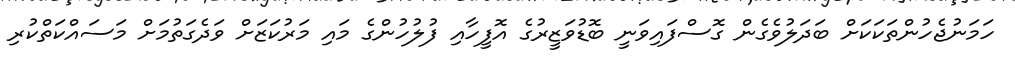
ހަމަނުޖެހުންތަކަކަށް ބަދަލުވެގެން ގޮސްފައިވަނީ ބޮޑުވަޒީރުގެ އޮފީހާއި ފުލުހުންގެ މައި މަރުކަޒަށް ވަދެގަތުމަށް މަސައްކަތްކުރި